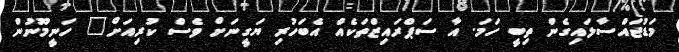
މަޑުޖައްސާލައިގެން ތިބީ ހަމަ. އާ ސަޕްރައިޒްތަކެއް އެބަހުރި ޔަގީނަށް ވެސް ކުރިއަށް" ހަނީމޫނުން